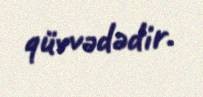
qüvvədədir.